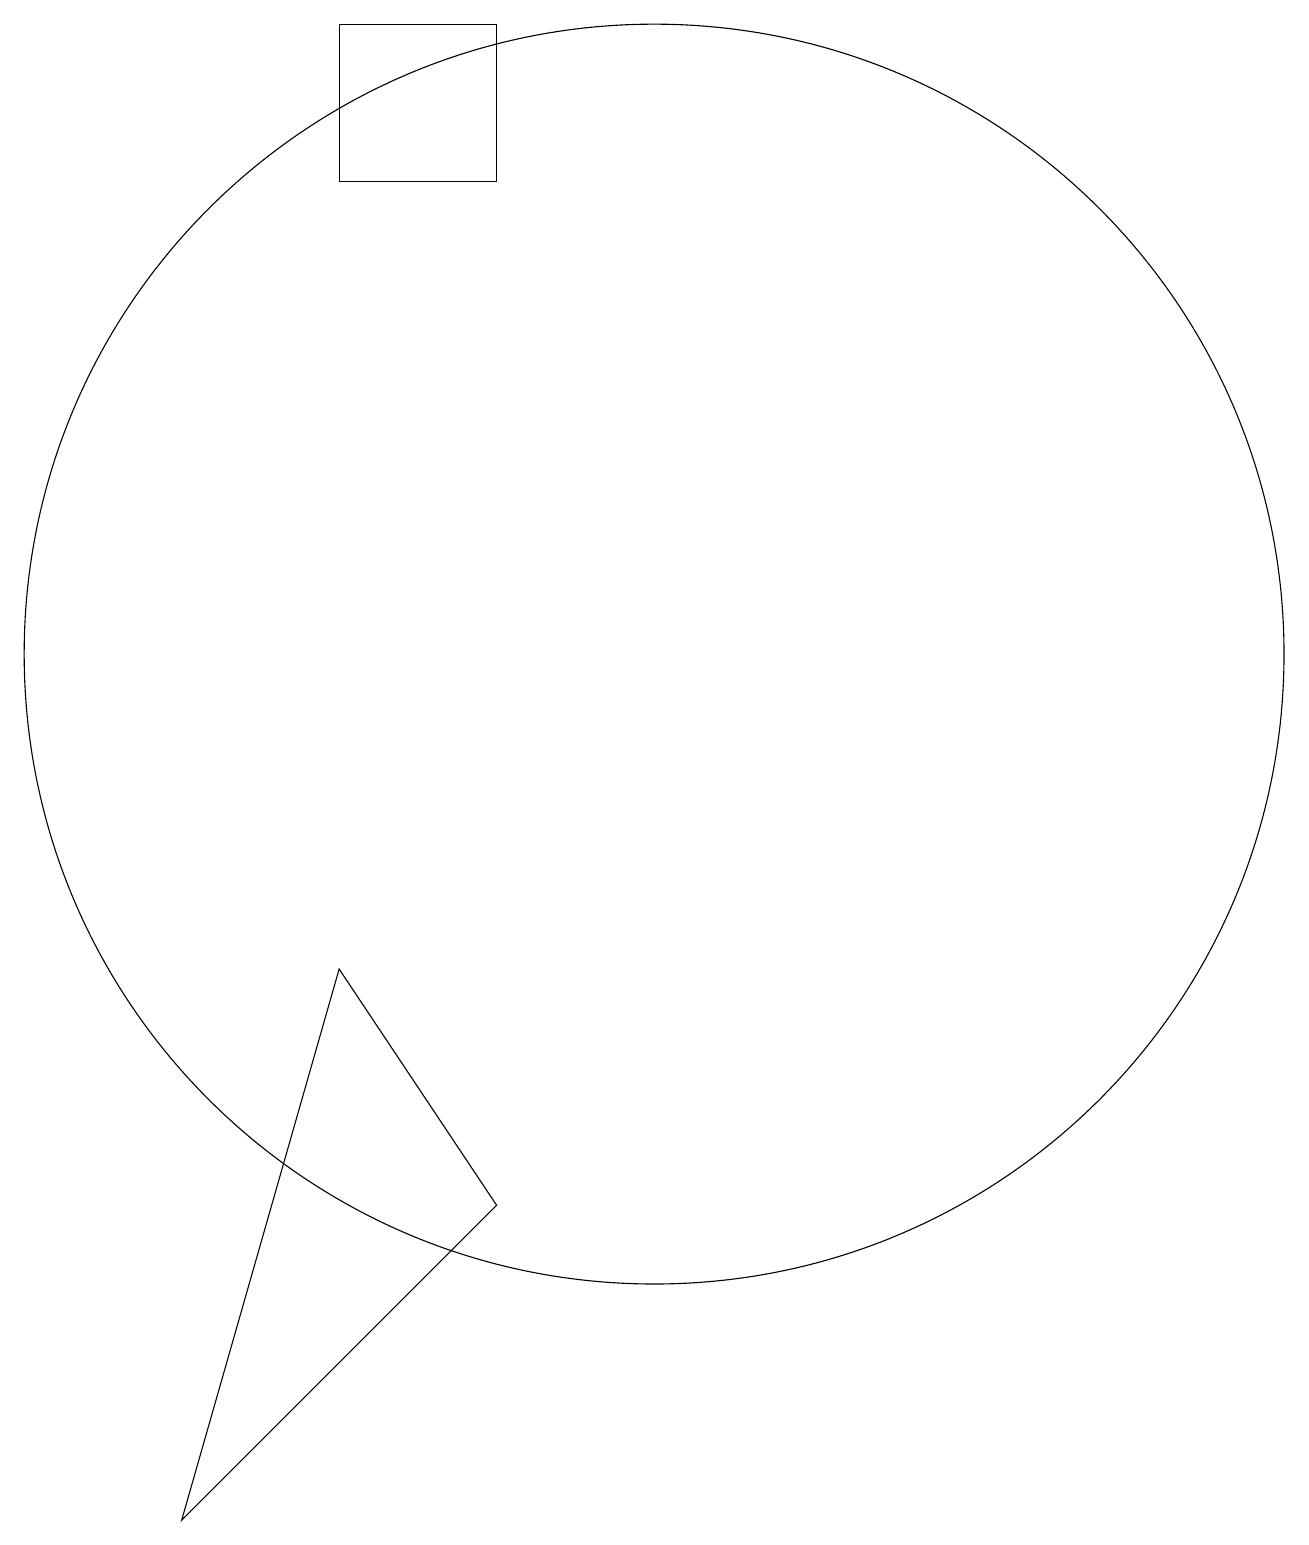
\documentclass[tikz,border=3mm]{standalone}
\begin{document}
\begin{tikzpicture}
\draw (10,11) circle (8);
\draw (8,4) -- (4,0) -- (6,7) -- cycle;
\draw (6,17) rectangle (8,19);
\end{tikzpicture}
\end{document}